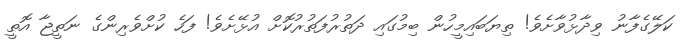
ކަލޭގެފާނު ވިދާޅުވާށެވެ! ތިޔަބައިމީހުން ބިމުގައި ދަތުރުފަތުރުކޮށް އުޅޭށެވެ! ފަހެ ކުށްވެރިންގެ ނަތީޖާ އޮތީ